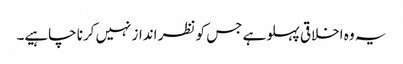
یہ وہ اخلاقی پہلو ہے جس کو نظر انداز نہیں کرنا چاہیے۔